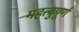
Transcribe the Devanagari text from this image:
महत्वुपूर्ण